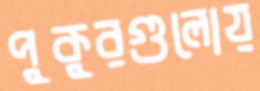
পুকুরগুলোয়